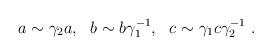
LaTeX: \begin{align*}a\sim\gamma_2 a,~~b\sim b\gamma_1^{-1},~~c\sim\gamma_1c\gamma_2^{-1} \ . \end{align*}